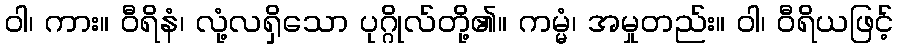
ဝါ၊ ကား။ ဝီရိနံ၊ လုံ့လရှိသော ပုဂ္ဂိုလ်တို့၏။ ကမ္မံ၊ အမှုတည်း။ ဝါ၊ ဝီရိယဖြင့်